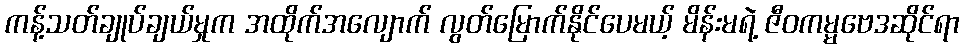
ကန့်သတ်ချုပ်ချယ်မှုက အထိုက်အလျောက် လွတ်မြောက်နိုင်ပေမယ့် မိန်းမရဲ့ ဇီဝကမ္မဗေဒဆိုင်ရာ